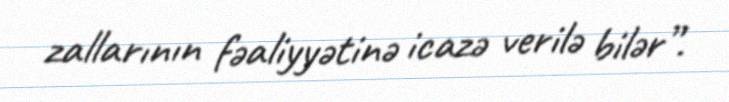
zallarının fəaliyyətinə icazə verilə bilər”.